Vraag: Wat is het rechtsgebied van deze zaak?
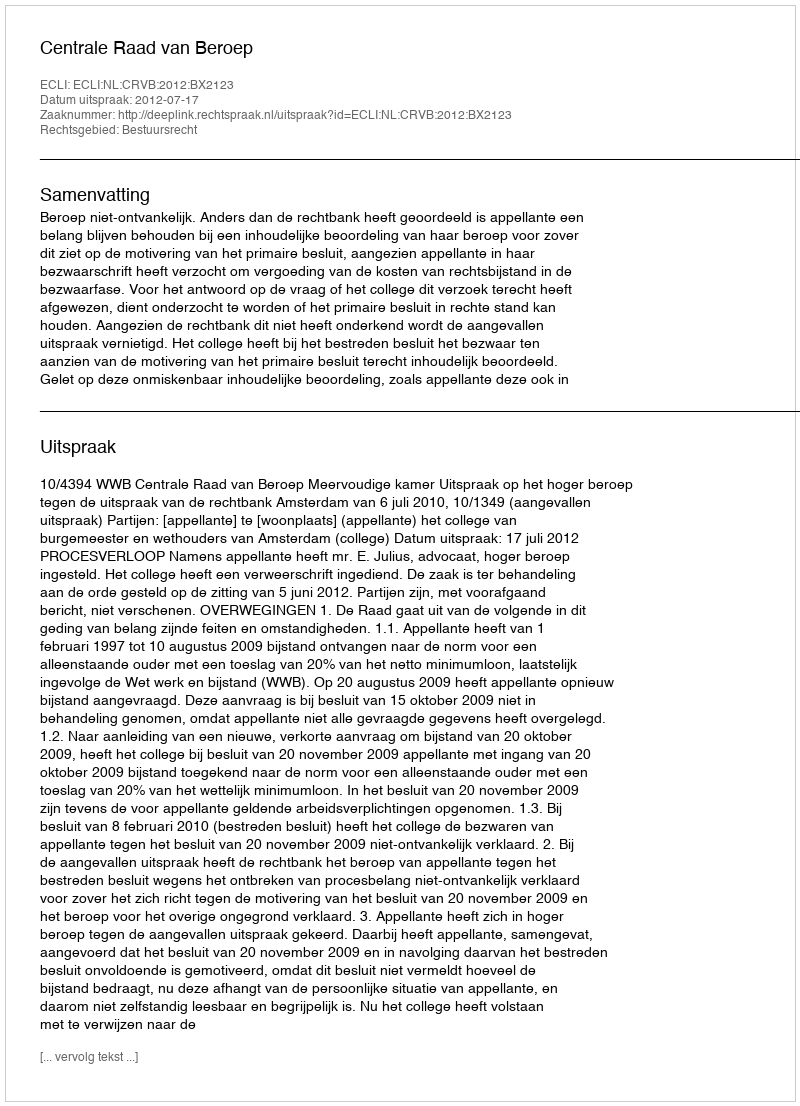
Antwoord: Bestuursrecht